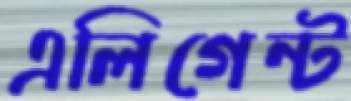
এলিগেন্ট